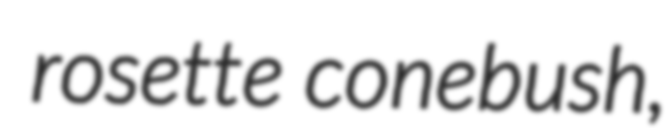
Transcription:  rosette conebush,